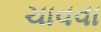
ચાવવા